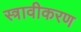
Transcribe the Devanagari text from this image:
स्त्रावीकरण